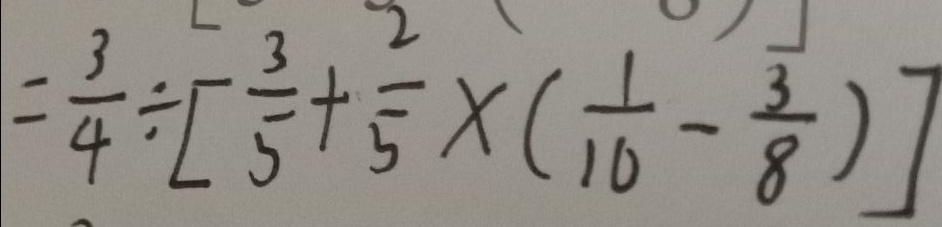
= \frac { 3 } { 4 } \div [ \frac { 3 } { 5 } + \frac { 2 } { 5 } \times ( \frac { 1 } { 1 0 } - \frac { 3 } { 8 } ) ]